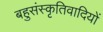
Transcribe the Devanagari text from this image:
बहुसंस्कृतिवादियों